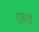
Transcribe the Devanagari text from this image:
गुङाई